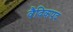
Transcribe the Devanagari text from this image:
वैदिकपद